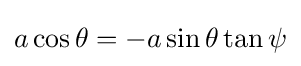
a\cos \theta =-a\sin \theta \tan \psi